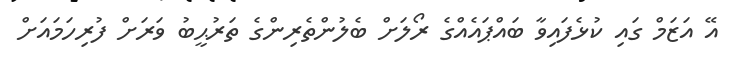
އޭ އަޒަމް ގައި ކުޅެފައިވާ ބައްޕައެއްގެ ރޯލަށް ބެލުންތެރިންގެ ތަރުޙީބު ވަރަށް ފުރިހަމައަށް